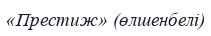
«Престиж» (өлшенбелі)